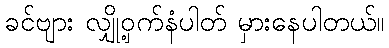
ခင်ဗျား လျှို့ဝှက်နံပါတ် မှားနေပါတယ်။